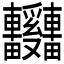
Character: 𫐃